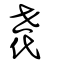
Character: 𠁀